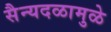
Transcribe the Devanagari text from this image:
सैन्यदळामुळे